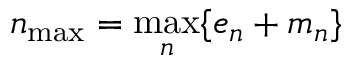
n _ { \mathrm { m a x } } = \operatorname* { m a x } _ { n } \{ e _ { n } + m _ { n } \}